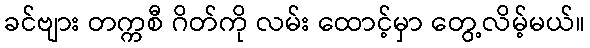
ခင်ဗျား တက္ကစီ ဂိတ်ကို လမ်း ထောင့်မှာ တွေ့လိမ့်မယ်။